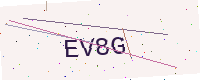
Text: EV8G